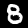
Label: 8